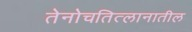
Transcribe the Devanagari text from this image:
तेनोचतित्लानातील